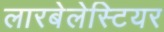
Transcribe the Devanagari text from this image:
लारबेलेस्टियर